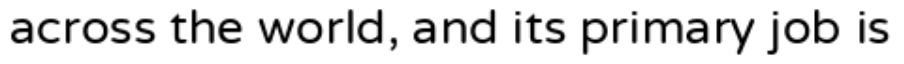
across the world, and its primary job is